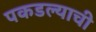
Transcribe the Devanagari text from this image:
पकडल्याची